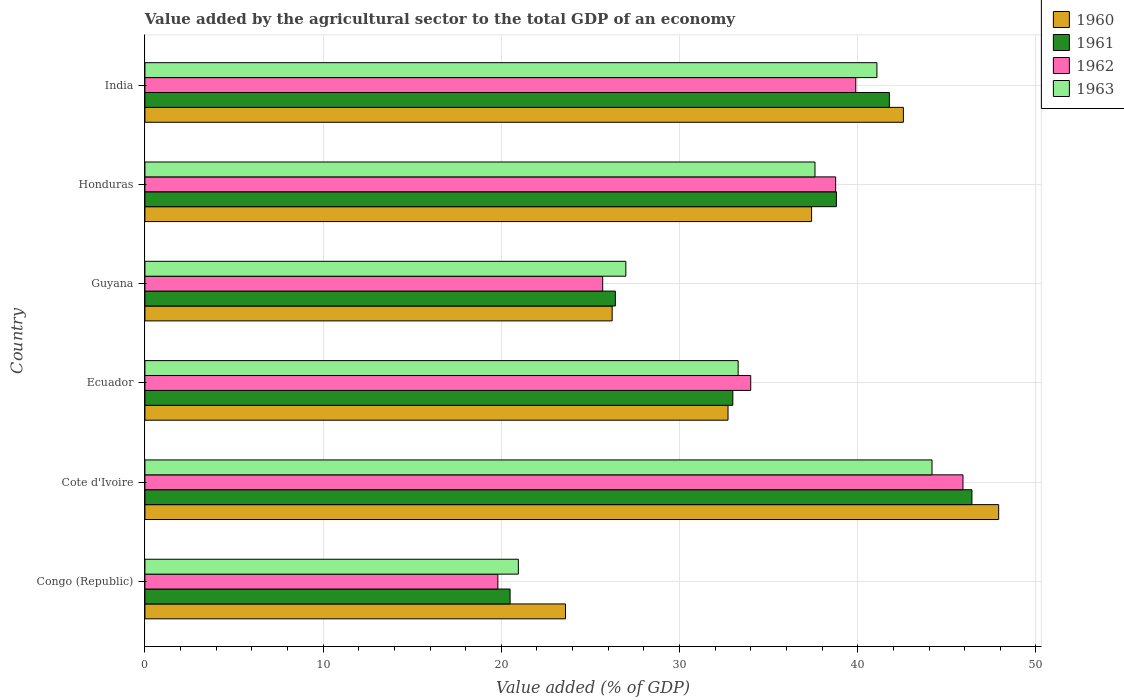
| Country | 1960 | 1961 | 1962 | 1963 |
 | --- | --- | --- | --- | --- |
 | Congo (Republic) | 23.6 | 20.5 | 19.8 | 21 |
 | Cote d'Ivoire | 47.9 | 46.4 | 45.9 | 44.2 |
 | Ecuador | 32.7 | 33 | 34 | 33.3 |
 | Guyana | 26.2 | 26.4 | 25.7 | 27 |
 | Honduras | 37.4 | 38.8 | 38.8 | 37.6 |
 | India | 42.6 | 41.8 | 39.9 | 41.1 |